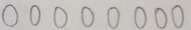
0 0 0 0 0 0 0 0